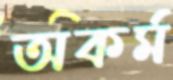
অকর্ম